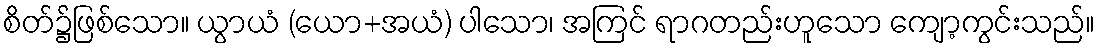
စိတ်၌ဖြစ်သော။ ယွာယံ (ယော+အယံ) ပါသော၊ အကြင် ရာဂတည်းဟူသော ကျော့ကွင်းသည်။